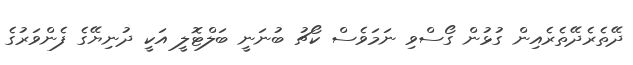
ދޭތެރެދޭތެރެއިން ގުޅުން ގޯސްވި ނަމަވެސް ކޯޗު ބުނަނީ ބަލްޓޮލީ އަކީ ދުނިޔޭގެ ފެންވަރުގެ